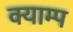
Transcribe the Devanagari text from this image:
क्याम्प